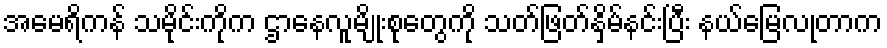
အမေရိကန် သမိုင်းကိုက ဌာနေလူမျိုးစုတွေကို သတ်ဖြတ်နှိမ်နင်းပြီး နယ်မြေလုတာက